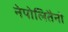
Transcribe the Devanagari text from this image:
नेपोलितैनो